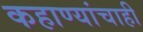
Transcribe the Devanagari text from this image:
कहाण्यांचाही